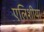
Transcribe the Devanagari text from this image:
एलिशीया